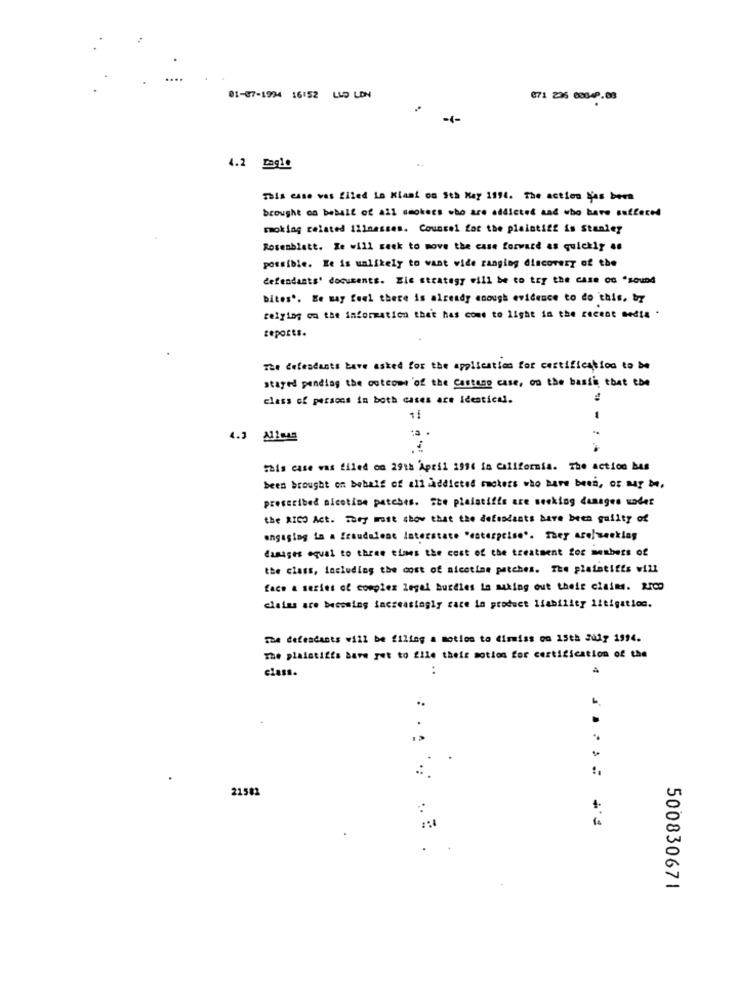
01-07-1994 16:52 LLD LEN
071 236 00649.08
-1-
4.2 Ingle
This case vas filed in Kiani os Sth May 1994. The action l'as been
brought on behalf of all smokers who are addicted and who have suffered
moking related illnesses. Counsel for the plaintiff is Stanley
Rosenblatt. He will seek to move the case forward as quickly as
possible. Ke is unlikely to want wide ranging discovery of the
defendants' documents. Eic strategy will be to try the CASE OG "sound
bites .. Ke may feel there is already enough evidence to do this, by
relying on the information thet has come to light in the recent media .
reports.
The defendants have asked for the application for certification to be
stayed pending the outcome of the Castano case, on the basis that the
class of persons in both cases are identical.
4.3 A11mas
This case was filed on 29th 'April 1996 in California. The action bas
been brought on behalf of all addicted smokers who have been, OF My Me,
prescribed nicotine patches. The plaintiffs are seeking changes wader
the RICO Act. They must show that the defendants have been guilty of
engaging ta a fraudalene laterstate "enterprise". They areseeking
damages equal to three times the cost of the treatment for members of
the class, including the cost of nicotine patches. The plaintiffs will
face a series of complex legel bureles ia making out their claims. RIC
clains are becoming increasingly care in product liability litigation.
The defendants will be filing a motion to dismiss on 15th July 1994.
The plaintiffs bare get to file their motion for certification of the
class.
..
.
21582
500830671